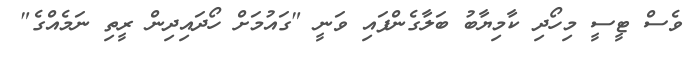
ވެސް ޓީސީ މިހޯދި ކާމިޔާބު ބަލާގެންފައި ވަނީ "ގައުމަށް ހޯދައިދިން ރީތި ނަމެއްގެ"